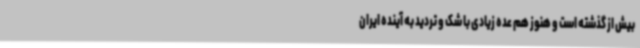
بیش از گذشته است و هنوز هم عده زیادی با شک و تردید به آینده ایران